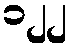
၁၂၂